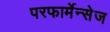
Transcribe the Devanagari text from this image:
परफार्मेन्सेज